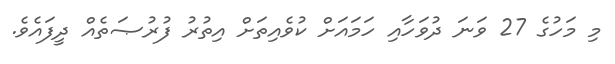
މި މަހުގެ 27 ވަނަ ދުވަހާއި ހަމައަށް ކުވެއިތަށް އިތުރު ފުރުޞަތެއް ދީފައެވެ.